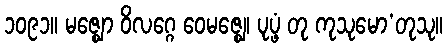
၁၀၉၁။ မဇ္ဈော ဝိလဂ္ဂေ ဝေမဇ္ဈေ၊ ပုပ္ဖံ တု ကုသုမော’တုသု။